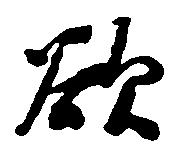
欲